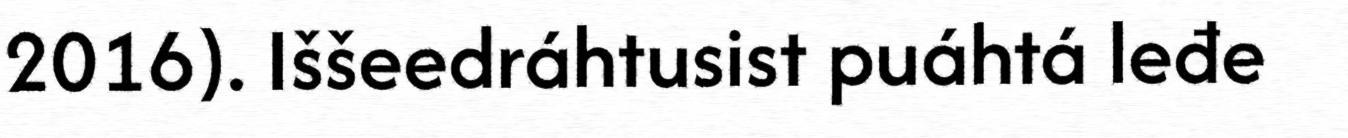
2016). Iššeedráhtusist puáhtá leđe